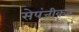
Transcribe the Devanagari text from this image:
सेपंजीकृत